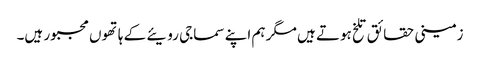
زمینی حقائق تلخ ہوتے ہیں مگر ہم اپنے سماجی رویئے کے ہاتھوں مجبور ہیں۔